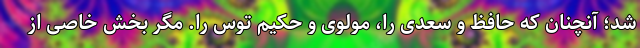
شد؛ آنچنان که حافظ و سعدی را، مولوی و حکیم توس را. مگر بخش خاصی از